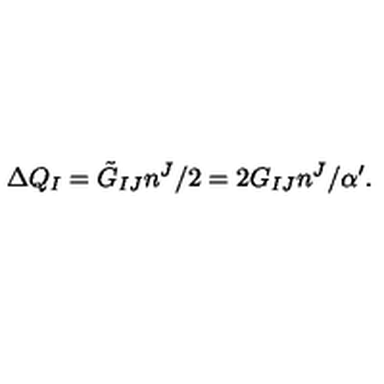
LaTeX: \Delta Q _ { I } = \tilde { G } _ { I J } n ^ { J } / 2 = 2 G _ { I J } n ^ { J } / \alpha ^ { \prime } .